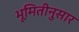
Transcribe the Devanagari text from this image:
भूमितीनुसार